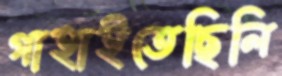
গাহাইতেছিলি